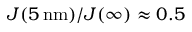
J ( 5 \, \mathrm { n m } ) / J ( \infty ) \approx 0 . 5